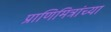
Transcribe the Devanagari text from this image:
प्राणिमित्रांच्या